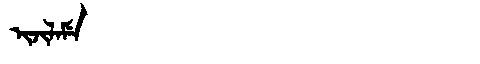
Manchu: ᡳᠵᡳᠯᠠᠮᡝ
Romanization: IJILAME